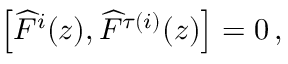
\left[ \widehat { F } ^ { i } ( z ) , \widehat { F } ^ { \tau ( i ) } ( z ) \right] = 0 \, ,